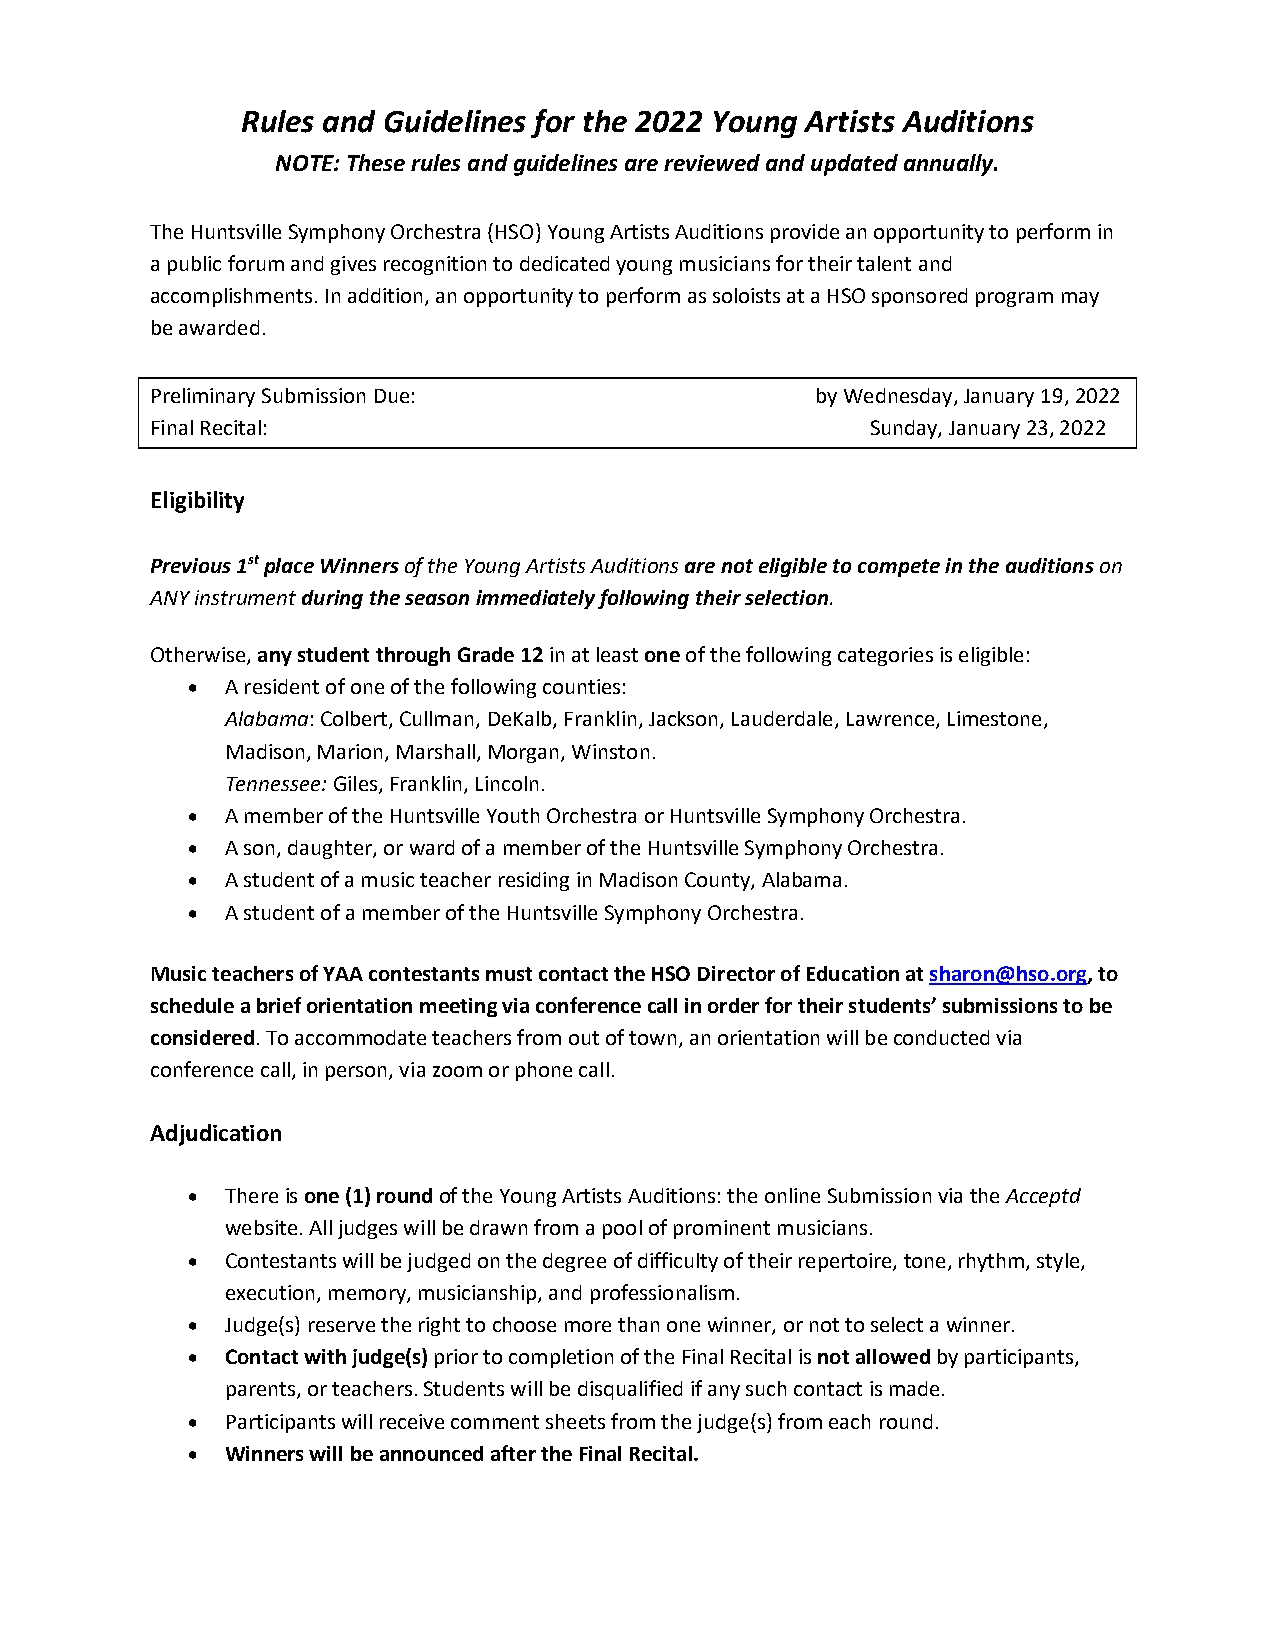
Rules and Guidelines for the 2022 Young Artists Auditions
 NOTE: These rules and guidelines are reviewed and updated annually.
 The Huntsville Symphony Orchestra (HSO) Young Artists Auditions provide an opportunity to perform in
 a public forum and gives recognition to dedicated young musicians for their talent and
 accomplishments. In addition, an opportunity to perform as soloists at a HSO sponsored program may
 be awarded.
 Preliminary Submission Due:                 by Wednesday, January 19, 2022
 Final Recital:                                  Sunday, January 23, 2022
 Eligibility
 Previous 1st place Winners of the Young Artists Auditions are not eligible to compete in the auditions on
 ANY instrument during the season immediately following their selection.
 Otherwise, any student through Grade 12 in at least one of the following categories is eligible:
 •  A resident of one of the following counties:
 Alabama: Colbert, Cullman, DeKalb, Franklin, Jackson, Lauderdale, Lawrence, Limestone,
 Madison, Marion, Marshall, Morgan, Winston.
 Tennessee: Giles, Franklin, Lincoln.
 •  A member of the Huntsville Youth Orchestra or Huntsville Symphony Orchestra.
 •  A son, daughter, or ward of a member of the Huntsville Symphony Orchestra.
 •  A student of a music teacher residing in Madison County, Alabama.
 •  A student of a member of the Huntsville Symphony Orchestra.
 Music teachers of YAA contestants must contact the HSO Director of Education at sharon@hso.org, to
 schedule a brief orientation meeting via conference call in order for their students’ submissions to be
 considered. To accommodate teachers from out of town, an orientation will be conducted via
 conference call, in person, via zoom or phone call.
 Adjudication
 •  There is one (1) round of the Young Artists Auditions: the online Submission via the Acceptd
 website. All judges will be drawn from a pool of prominent musicians.
 •  Contestants will be judged on the degree of difficulty of their repertoire, tone, rhythm, style,
 execution, memory, musicianship, and professionalism.
 •  Judge(s) reserve the right to choose more than one winner, or not to select a winner.
 •  Contact with judge(s) prior to completion of the Final Recital is not allowed by participants,
 parents, or teachers. Students will be disqualified if any such contact is made.
 •  Participants will receive comment sheets from the judge(s) from each round.
 •  Winners will be announced after the Final Recital.